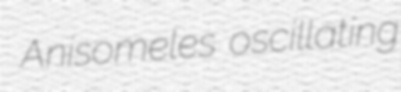
Anisomeles oscillating